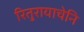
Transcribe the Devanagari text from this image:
रितुरायाचेनि